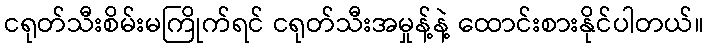
ငရုတ်သီးစိမ်းမကြိုက်ရင် ငရုတ်သီးအမှုန့်နဲ့ ထောင်းစားနိုင်ပါတယ်။